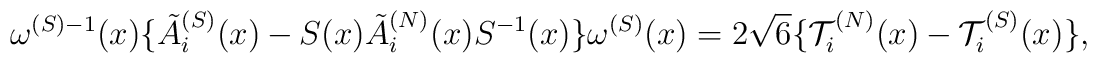
\omega^{(S)-1}(x) \{ \tilde{A}_i^{(S)}(x) - S(x) \tilde{A}_i^{(N)}(x)   S^{-1}(x) \} \omega^{(S)}(x) = 2 \sqrt{6}   \{ {\cal T}_i^{(N)}(x) - {\cal T}_i^{(S)}(x) \},